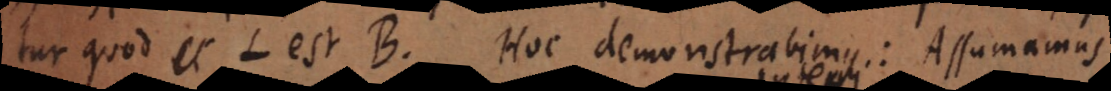
tur quod et L est B. Hoc demonstrabimus: Assumamus